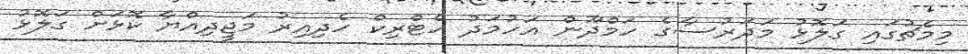
މިމެޗުގައި ގަލޮޅު މަދަރުސާގެ ހަމްދޫން އަހުމަދު ހެޓްރިކް ހެދިއިރު މަޖީދިއްޔާ ކޮޅަށް ގަލޮޅު